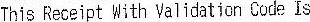
THIS RECEIPT WITH VALIDATION CODE IS